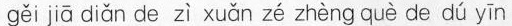
gěi jiā diǎn de zì xuǎn zé zhèng què de dú yīn